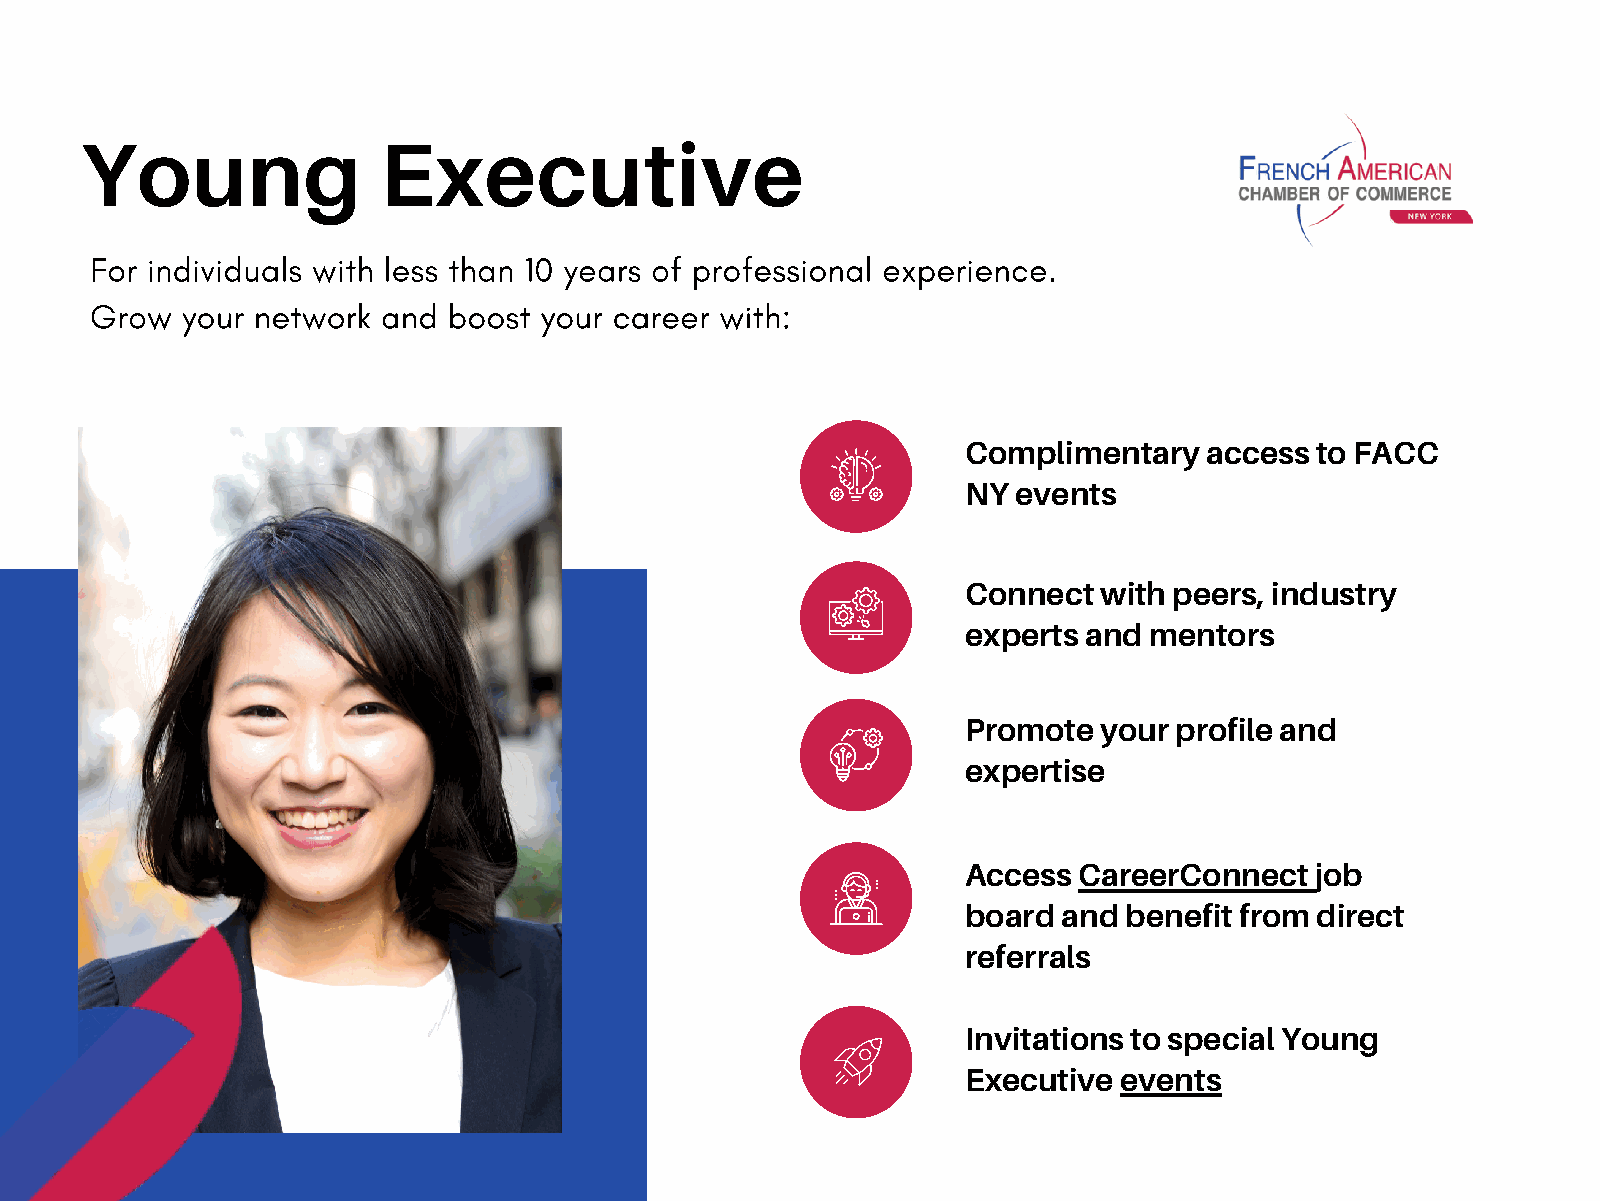
Young               Executive
 For individuals with less than 10 years of professional experience.
 Grow  your network and  boost your career with:
 Complimentary   access to FACC
 NY events
 Connect  with peers, industry
 experts and mentors
 Promote  your profile and
 expertise
 Access CareerConnect   job
 board and  benefit from direct
 referrals
 Invitations to special Young
 Executive events